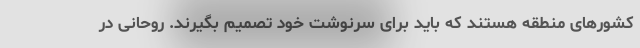
کشورهای منطقه هستند که باید برای سرنوشت خود تصمیم بگیرند. روحانی در